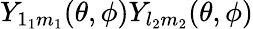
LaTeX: Y_{1_{1}m_{1}}(\theta,\phi)Y_{l_{2}m_{2}}(\theta,\phi)